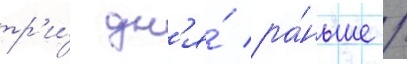
тр'и́ дн'я́ ра́ньше /